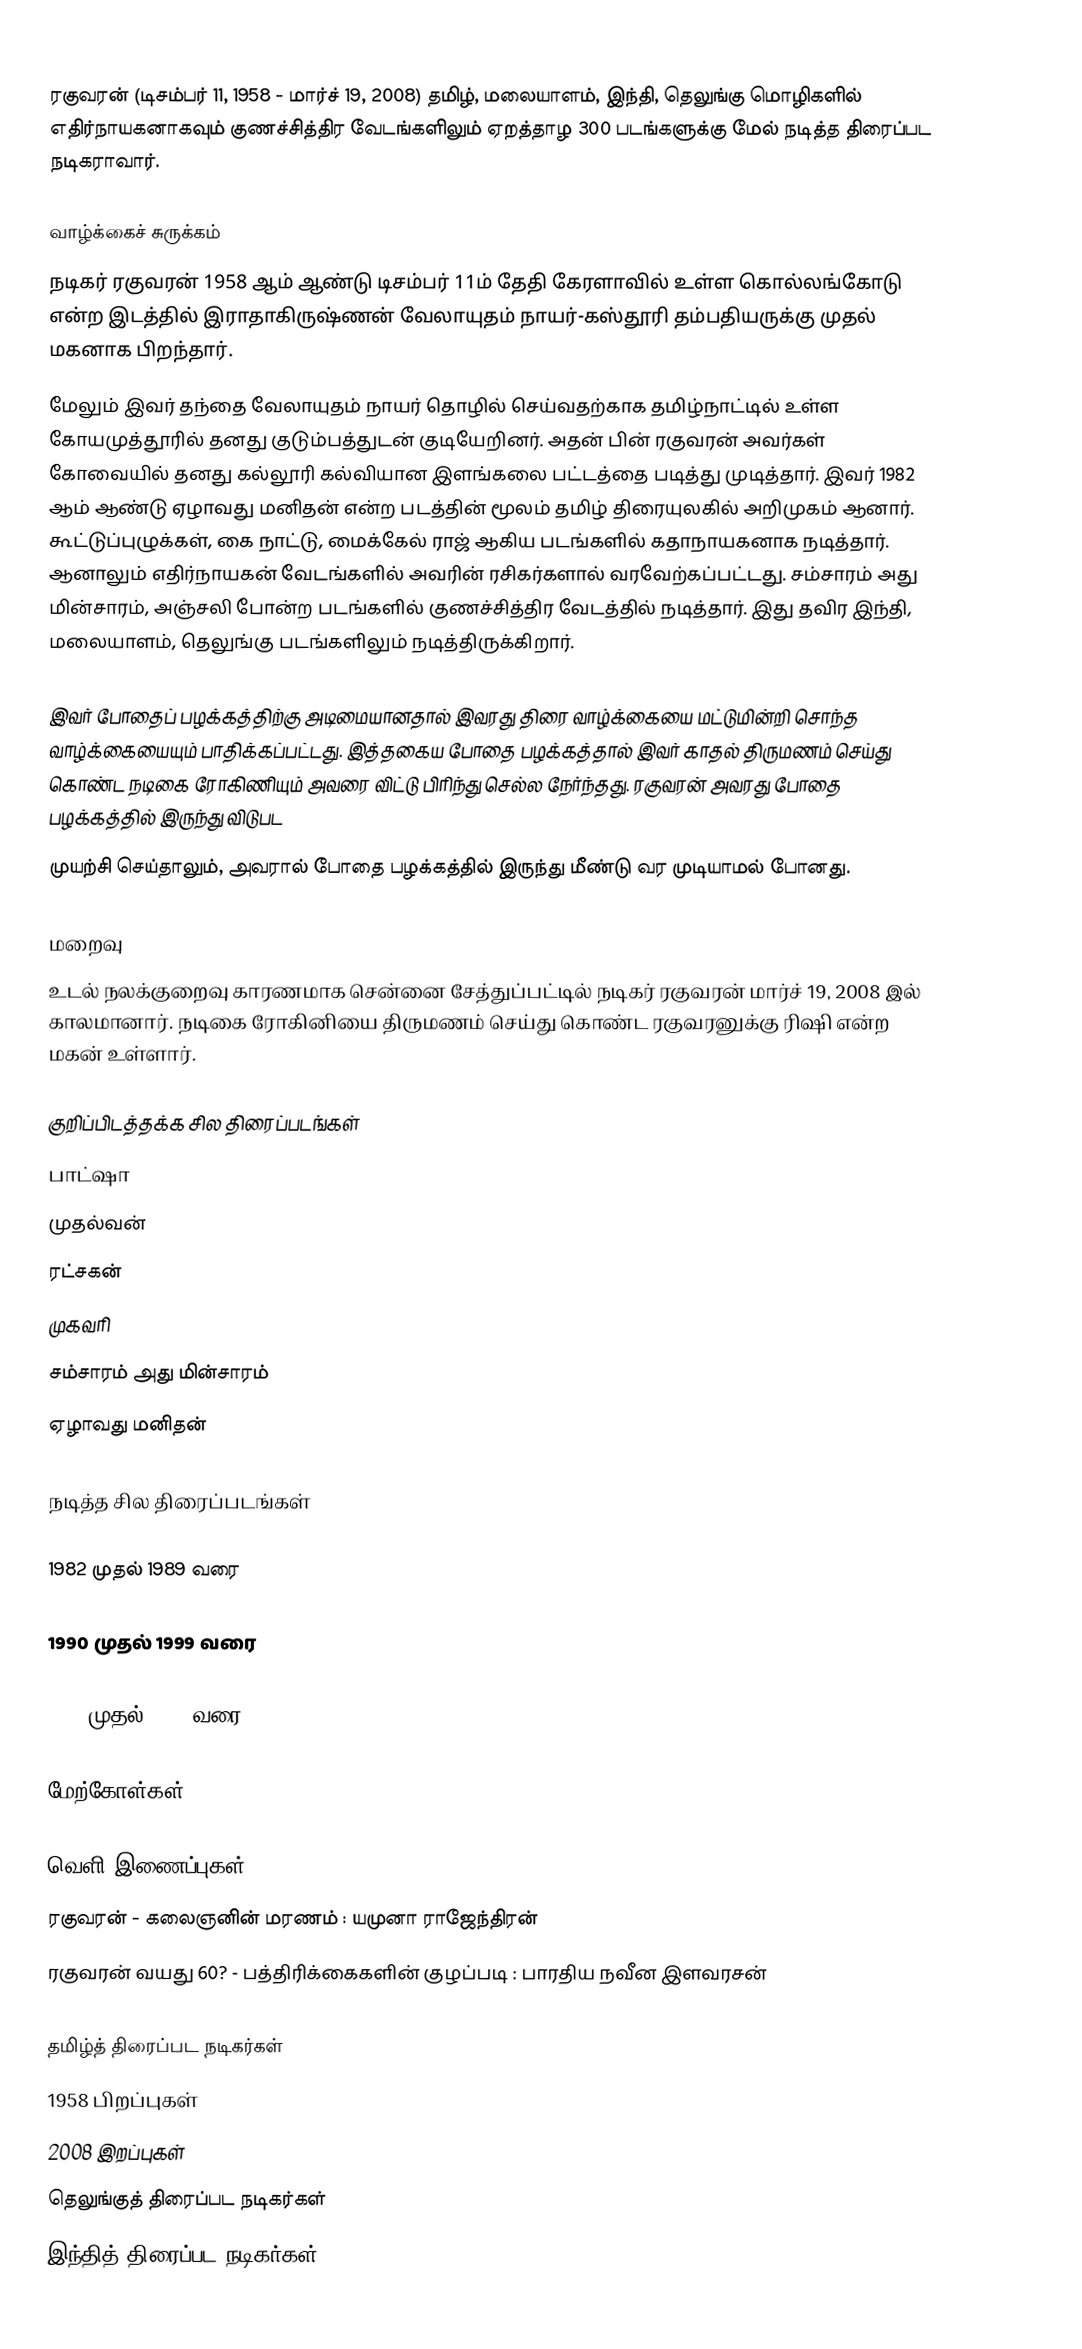
ரகுவரன் (டிசம்பர் 11, 1958 - மார்ச் 19, 2008) தமிழ், மலையாளம், இந்தி, தெலுங்கு மொழிகளில் எதிர்நாயகனாகவும் குணச்சித்திர வேடங்களிலும் ஏறத்தாழ 300 படங்களுக்கு மேல் நடித்த திரைப்பட நடிகராவார்.

வாழ்க்கைச் சுருக்கம்
நடிகர் ரகுவரன் 1958 ஆம் ஆண்டு டிசம்பர் 11ம் தேதி கேரளாவில் உள்ள கொல்லங்கோடு என்ற இடத்தில் இராதாகிருஷ்ணன் வேலாயுதம் நாயர்-கஸ்தூரி தம்பதியருக்கு முதல் மகனாக பிறந்தார்.
மேலும் இவர் தந்தை வேலாயுதம் நாயர் தொழில் செய்வதற்காக தமிழ்நாட்டில் உள்ள கோயமுத்தூரில் தனது குடும்பத்துடன் குடியேறினர். அதன் பின் ரகுவரன் அவர்கள் கோவையில் தனது கல்லூரி கல்வியான இளங்கலை பட்டத்தை படித்து முடித்தார். இவர் 1982 ஆம் ஆண்டு ஏழாவது மனிதன் என்ற படத்தின் மூலம் தமிழ் திரையுலகில் அறிமுகம் ஆனார். கூட்டுப்புழுக்கள், கை நாட்டு, மைக்கேல் ராஜ் ஆகிய படங்களில் கதாநாயகனாக நடித்தார். ஆனாலும் எதிர்நாயகன் வேடங்களில் அவரின் ரசிகர்களால் வரவேற்கப்பட்டது. சம்சாரம் அது மின்சாரம், அஞ்சலி போன்ற படங்களில் குணச்சித்திர வேடத்தில் நடித்தார். இது தவிர இந்தி, மலையாளம், தெலுங்கு படங்களிலும் நடித்திருக்கிறார்.

இவர் போதைப் பழக்கத்திற்கு அடிமையானதால் இவரது திரை வாழ்க்கையை மட்டுமின்றி சொந்த வாழ்க்கையையும் பாதிக்கப்பட்டது. இத்தகைய போதை பழக்கத்தால் இவர் காதல் திருமணம் செய்து கொண்ட நடிகை  ரோகிணியும் அவரை விட்டு பிரிந்து செல்ல நேர்ந்தது. ரகுவரன் அவரது போதை பழக்கத்தில் இருந்து விடுபட
முயற்சி செய்தாலும், அவரால் போதை பழக்கத்தில் இருந்து மீண்டு வர முடியாமல் போனது.

மறைவு
உடல் நலக்குறைவு காரணமாக சென்னை சேத்துப்பட்டில் நடிகர் ரகுவரன் மார்ச் 19, 2008 இல் காலமானார். நடிகை ரோகினியை திருமணம் செய்து கொண்ட ரகுவரனுக்கு ரிஷி என்ற மகன் உள்ளார்.

குறிப்பிடத்தக்க சில திரைப்படங்கள்
பாட்ஷா
முதல்வன்
ரட்சகன்
முகவரி
சம்சாரம் அது மின்சாரம்
ஏழாவது மனிதன்

நடித்த சில திரைப்படங்கள்

1982 முதல் 1989 வரை

1990 முதல் 1999 வரை

2000 முதல் 2012 வரை

மேற்கோள்கள்

வெளி இணைப்புகள்
ரகுவரன் - கலைஞனின் மரணம் : யமுனா ராஜேந்திரன்
ரகுவரன் வயது 60? - பத்திரிக்கைகளின் குழப்படி : பாரதிய நவீன இளவரசன்

தமிழ்த் திரைப்பட நடிகர்கள்
1958 பிறப்புகள்
2008 இறப்புகள்
தெலுங்குத் திரைப்பட நடிகர்கள்
இந்தித் திரைப்பட நடிகர்கள்